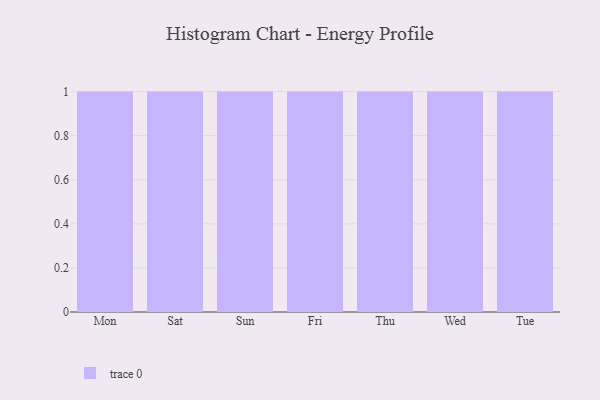
{"axis": {"x": "Day", "y": "Active Users"}, "legend": [""], "data": [{"x": "Mon", "y": 89, "type": ""}, {"x": "Sat", "y": 79, "type": ""}, {"x": "Sun", "y": 15, "type": ""}, {"x": "Fri", "y": 22, "type": ""}, {"x": "Thu", "y": 60, "type": ""}, {"x": "Wed", "y": 84, "type": ""}, {"x": "Tue", "y": 37, "type": ""}]}